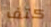
كتف